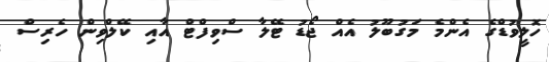
ހޮލީވުޑްގެ އެންމެ މަގުބޫލު އެއް ޖޯޑު ޓޭލާ ސްވިފްޓް އާއި ކޭލްވިން ހެރިސް